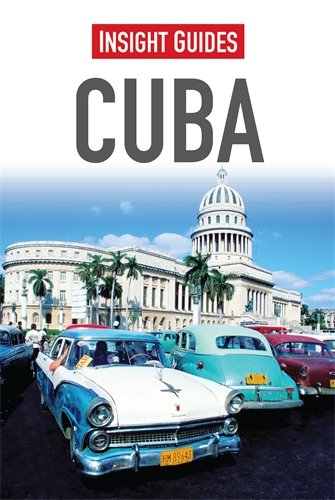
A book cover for Insight Guides: Cuba; Insight Guides; Travel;